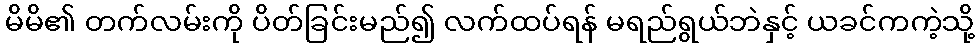
မိမိ၏ တက်လမ်းကို ပိတ်ခြင်းမည်၍ လက်ထပ်ရန် မရည်ရွယ်ဘဲနှင့် ယခင်ကကဲ့သို့